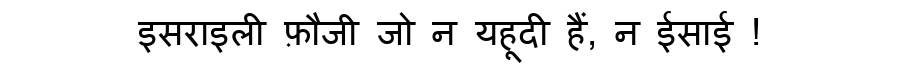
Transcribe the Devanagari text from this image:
इसराइली फ़ौजी जो न यहूदी हैं, न ईसाई !